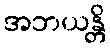
အဘယန္တိ